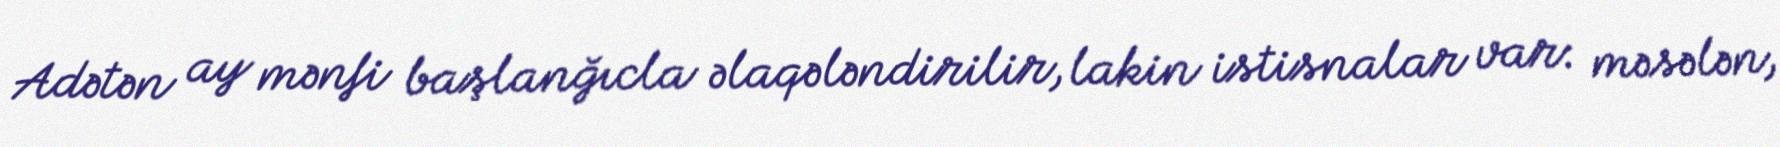
Adətən ay mənfi başlanğıcla əlaqələndirilir, lakin istisnalar var: məsələn,